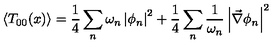
\left\langle T _ { 0 0 } ( x ) \right\rangle = \frac { 1 } { 4 } \sum _ { n } \omega _ { n } \left| \phi _ { n } \right| ^ { 2 } + \frac { 1 } { 4 } \sum _ { n } \frac { 1 } { \omega _ { n } } \left| \vec { \nabla } \phi _ { n } \right| ^ { 2 }